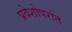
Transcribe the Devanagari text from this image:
प्रवेशोपरांत